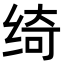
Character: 绮